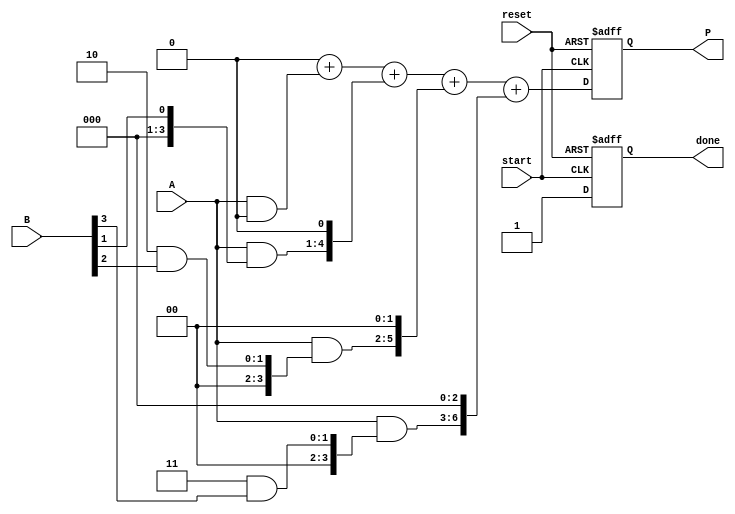
module radix2_multiplier #(parameter n = 4) (
    input  wire [n-1:0] A,   // Operand A
    input  wire [n-1:0] B,   // Operand B
    input  wire start,        // Start signal
    input  wire reset,        // Reset signal
    output reg [2*n-1:0] P,   // Product output
    output reg done           // Done signal
);
    reg [n-1:0] partial_products[n-1:0];
    reg [2*n-1:0] sum;
    integer i;

    always @(posedge start or posedge reset) begin
        if (reset) begin
            P <= 0;
            done <= 0;
        end else begin
            // Generate partial products
            for (i = 0; i < n; i = i + 1) begin
                partial_products[i] = A & { {n{i}} & B[i] };
            end

            // Initialize sum to zero
            sum = 0;

            // Shift and add partial products
            for (i = 0; i < n; i = i + 1) begin
                sum = sum + (partial_products[i] << i);
            end

            // Assign the final product
            P <= sum;
            done <= 1; // Indicate the multiplication is done
        end
    end
endmodule